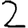
Digit: 2